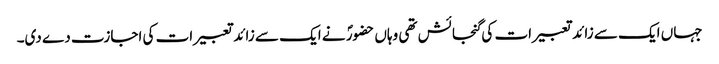
جہاں ایک سے زائد تعبیرات کی گنجائش تھی وہاں حضورؐ نے ایک سے زائد تعبیرات کی اجازت دے دی۔